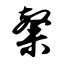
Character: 粲